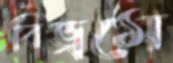
বিভ্রমে